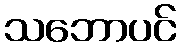
သဘောပင်